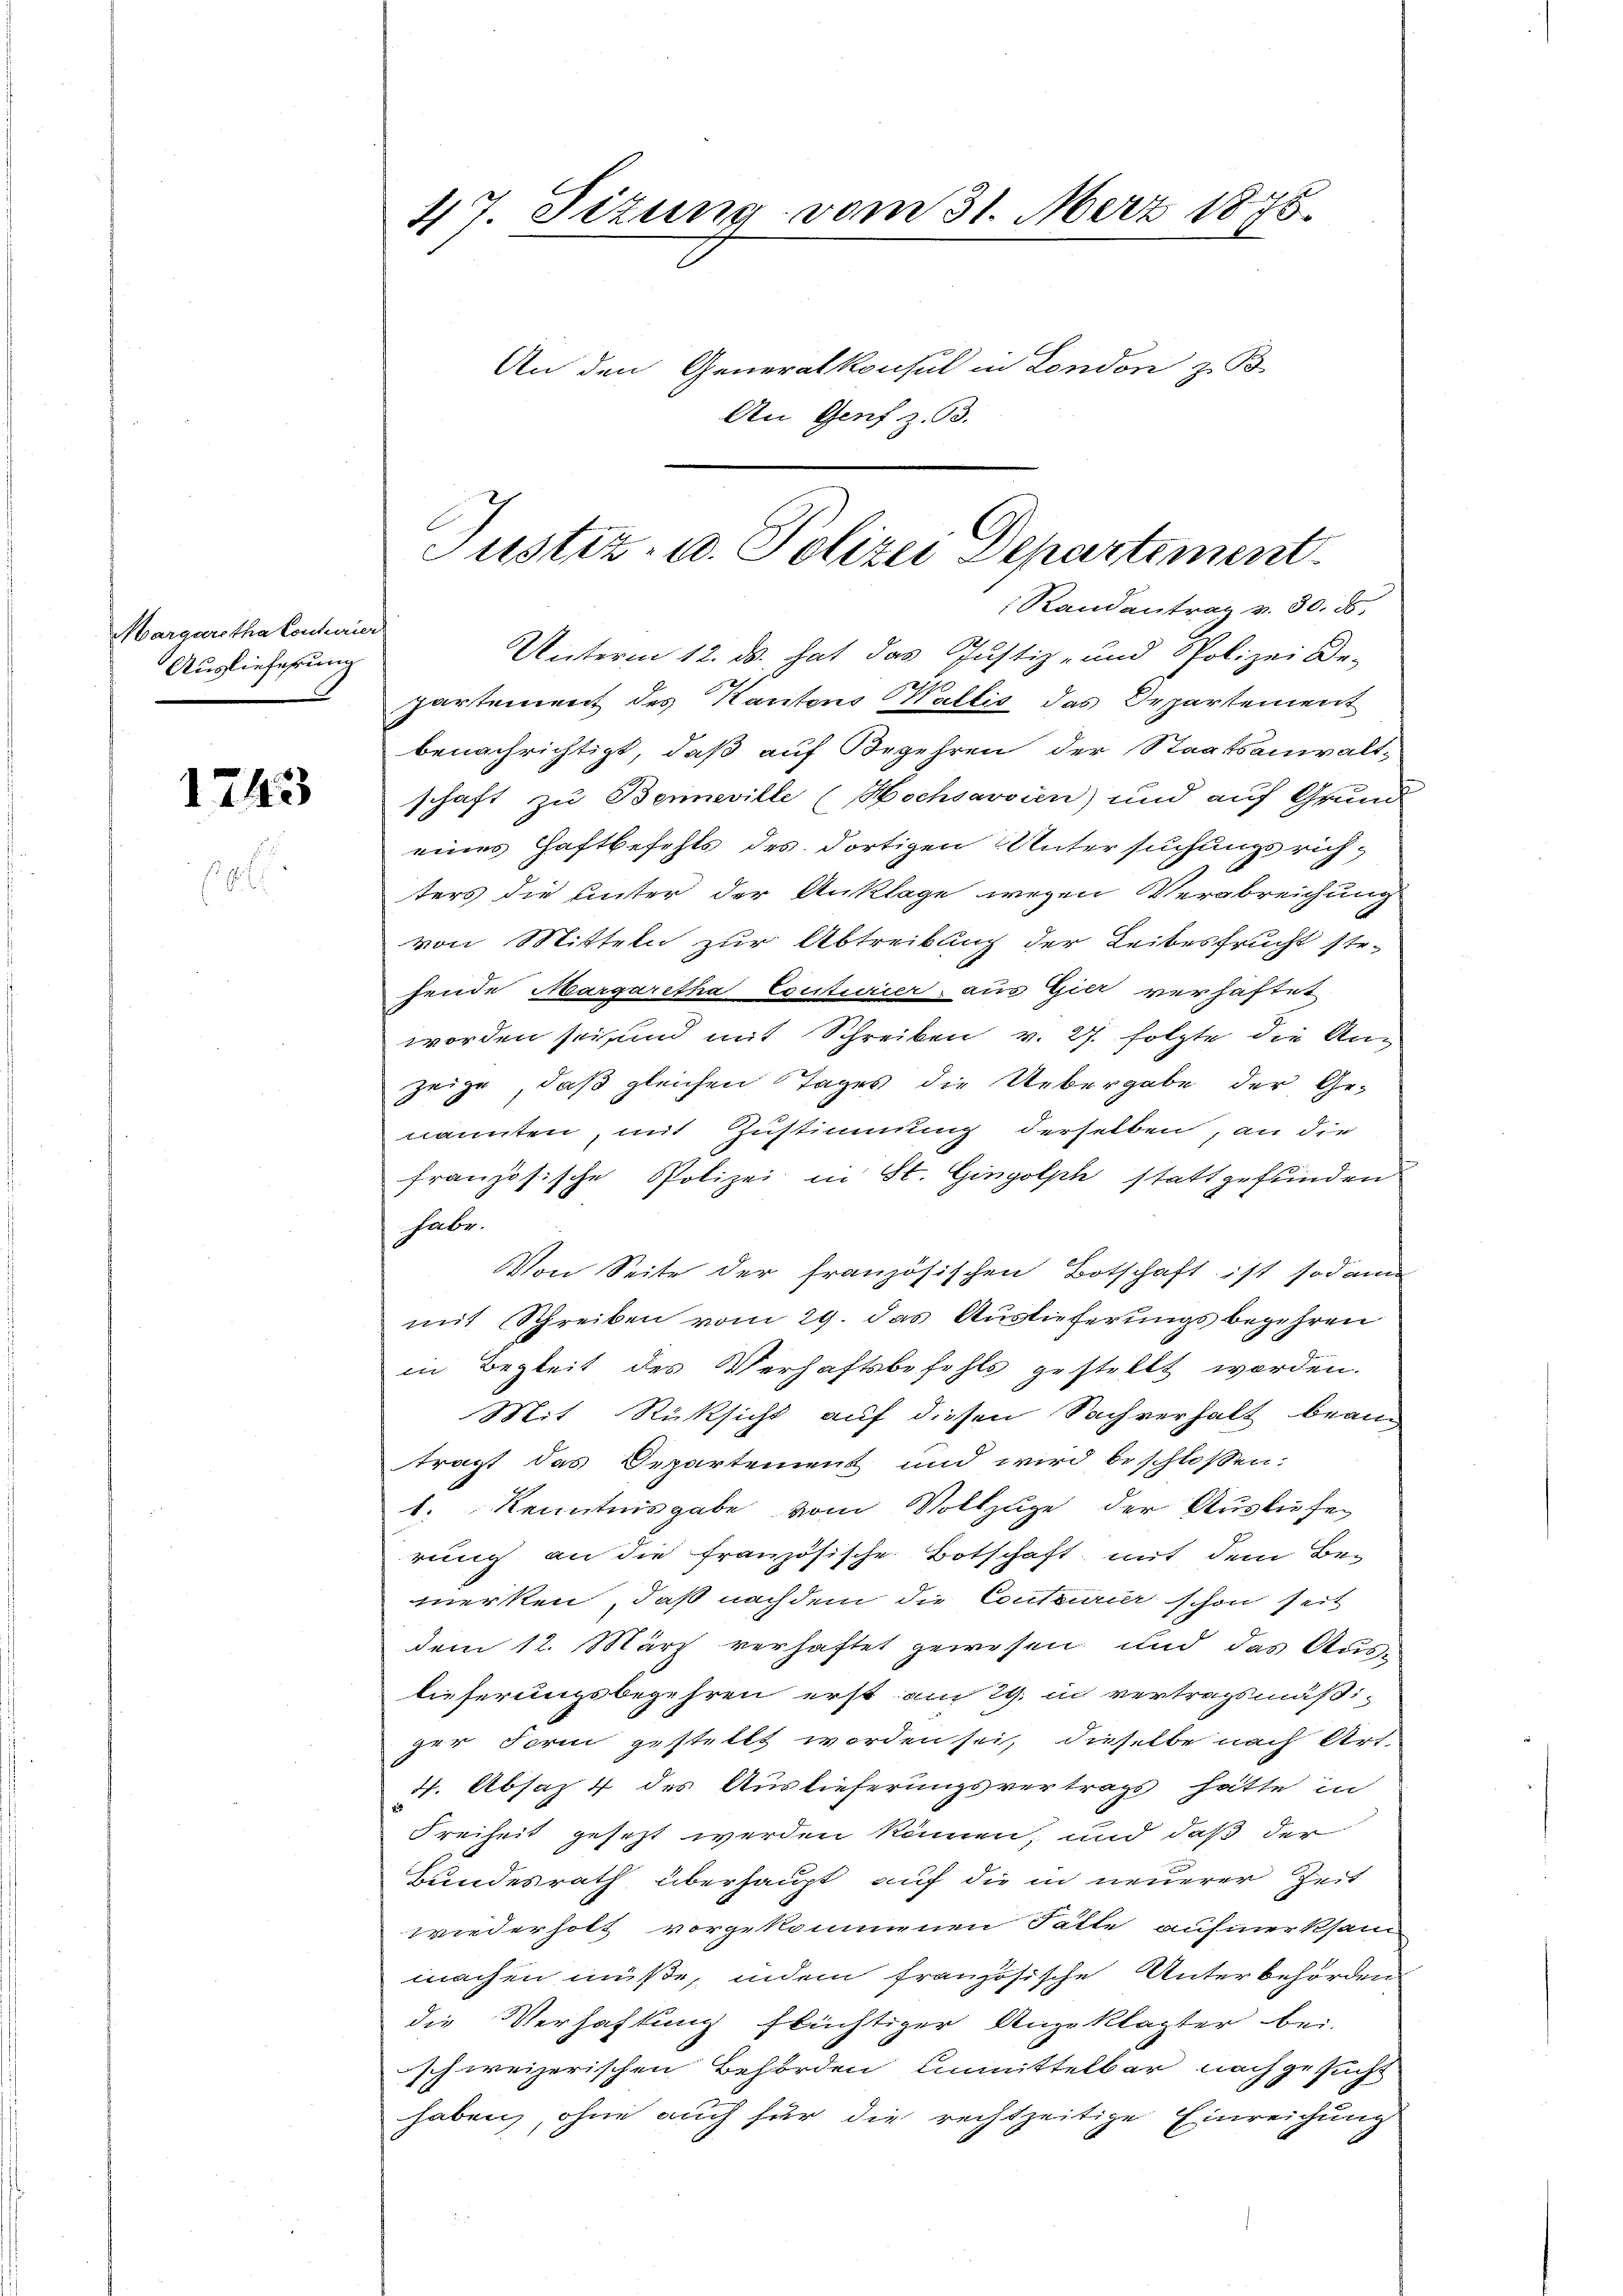
Margaretha Conturier
Auslieferung

1243

benachrichtigt, daß auf Begehren der Staatsanwalt-
schaft zu Benneville (Hochsarvien) und auf Grund
eines Haftbefehls des dortigen Untersuchungsrichters die unter der Anklage wegen Verabreichung
von Mitteln zur Abtreibung der Leibesfrucht stefende Margaretha Esiturier, aus Gier verhaftet
worden sei und mit Schreiben v. 27. folgte die Anzeige, daß gleichen Tages die Uebergabe der Ge-
nannten, mit Zustimmung derselben, an die
französische Polizei in St. Gingolph stattgefunden
habe.
Von Seite der französischen Botschaft ist sodann
mit Schreiben vom 29. das Auslieferungsbegehren
in Begleit des Verhaftsbefehls gestellt worden.
Mit Rücksicht auf diesen Sachverhalt bean
tragt das Departement und wird beschlossen:
1. Kenntnisgabe vom Vollzuge der Ausliefe
rung an die französische Botschaft mit dem Bemerken, daß nachdem die Contourier schon seit
dem 12. März verhaftet gewesen und das Aus-
lieferungsbegehren erst am 29. in vertragsmäßi-
ger Form gestellt worden sei, dieselbe nach Art.
4. Absaz 4 des Auslieferungsvertrags hätte in
Freiheit gesezt werden können, und daß der
Bundesrath überhaupt auf die in neuerer Zeit
wiederholt vorgekommenen Fälle aufmerksam
machen müße, indem französische Unterbehörden
die Verhaftung flüchtiger Angeklagter bei.
schweizerischen Behörden Unmittelbar nachgesucht
haben, ohne auch für die rechtzeitige Einreichung

47. Sizung vom 31. März 1875.
An den Generalkonsul in London z. B.
An Genf z. 93.

Justiz- u. Polizei Departement
Randantrag v. 30. ds.
Unterm 12. ds. hat das Justiz- und Polizei De-
2
Partement des Kantons Wallis das Departement